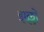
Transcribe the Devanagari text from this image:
झल्लों